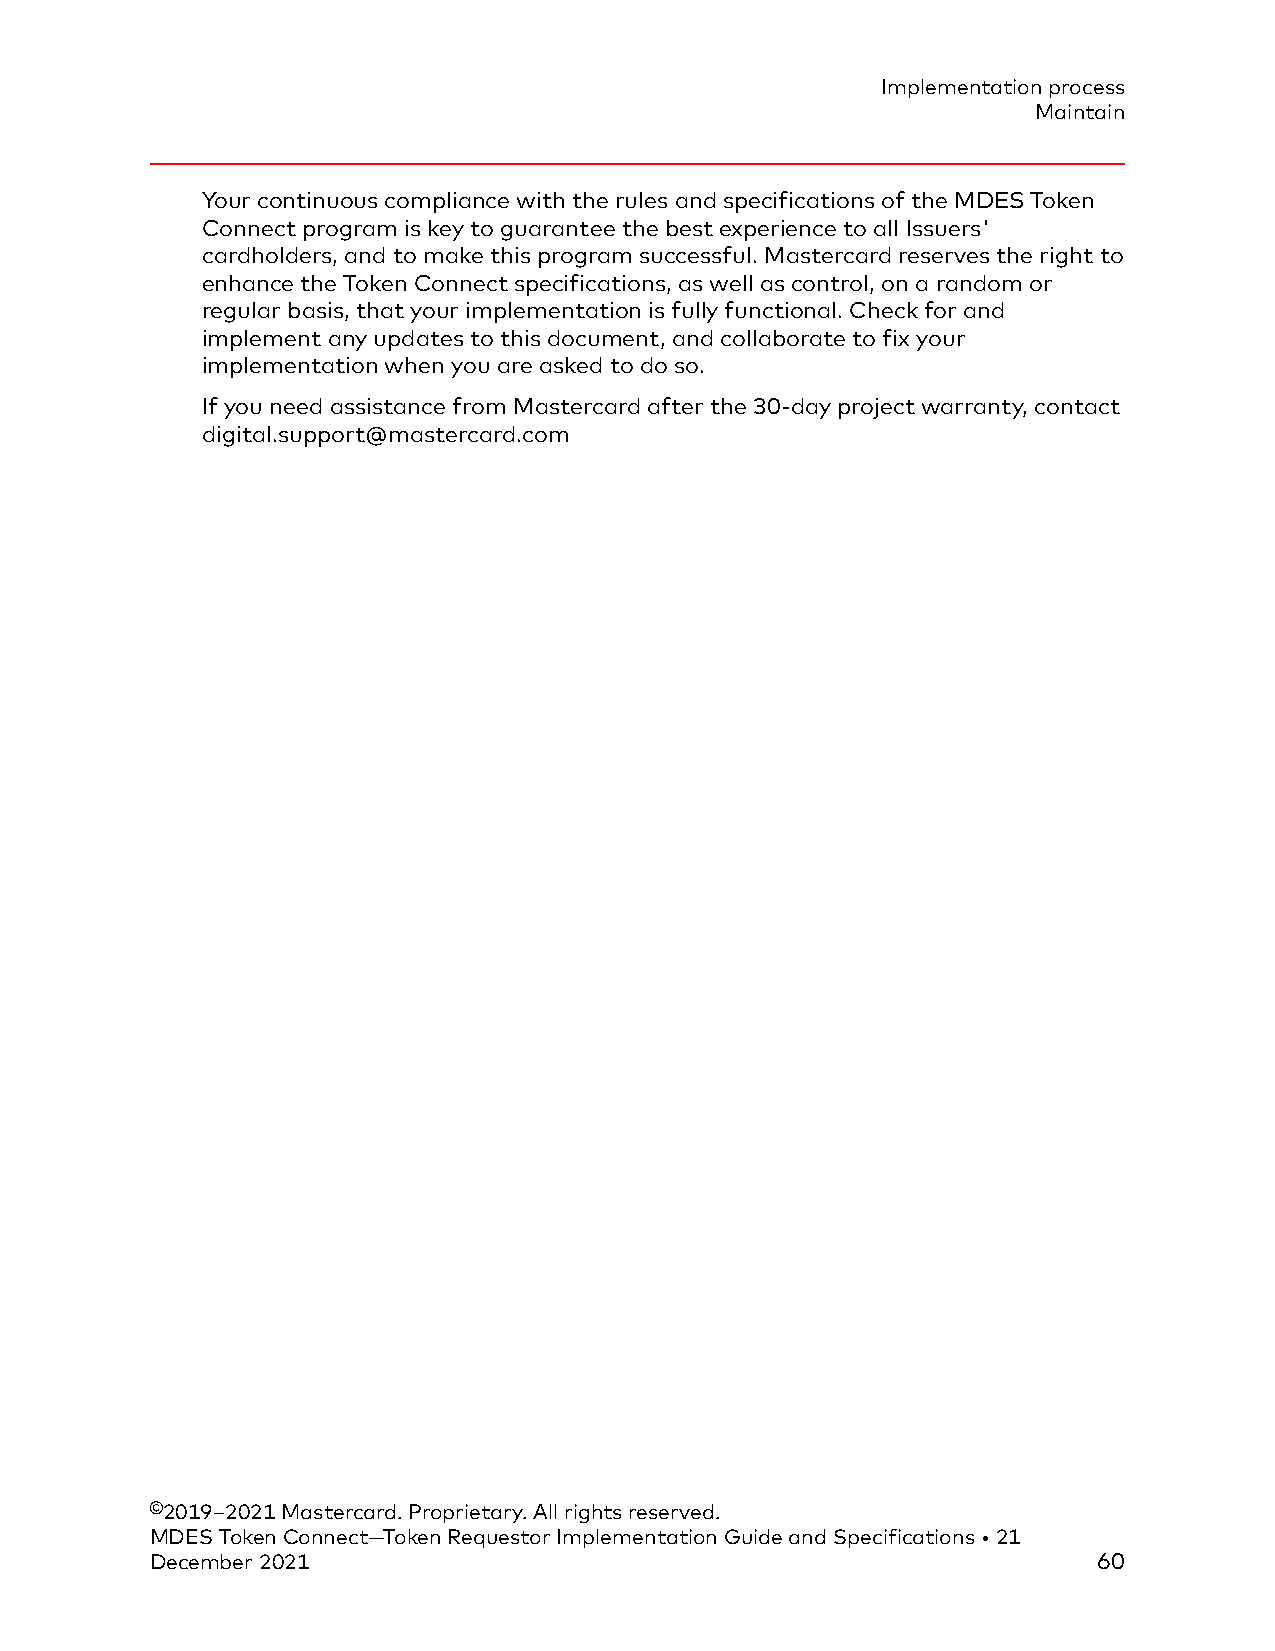
Implementation process
 Maintain
 Your continuous compliance with the rules and specifications of the MDES Token
 Connect program is key to guarantee the best experience to all Issuers'
 cardholders, and to make this program successful. Mastercard reserves the right to
 enhance the Token Connect specifications, as well as control, on a random or
 regular basis, that your implementation is fully functional. Check for and
 implement any updates to this document, and collaborate to fix your
 implementation when you are asked to do so.
 If you need assistance from Mastercard after the 30-day project warranty, contact
 digital.support@mastercard.com
 ©2019–2021 Mastercard. Proprietary. All rights reserved.
 MDES Token Connect—Token Requestor Implementation Guide and Specifications • 21
 December 2021                                                  60